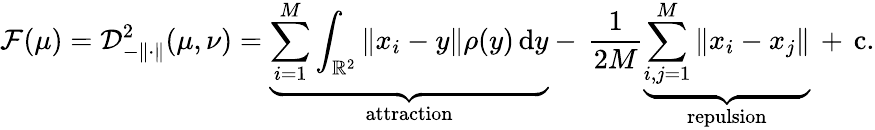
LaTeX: \mathcal F(\mu)=\mathcal D_{-\| \cdot\| }^{2}(\mu,\nu)=\underbrace{\sum_{i=1}^{M}\int_{\mathbb{R}^{2}}\| x_{i}-y\| \rho(y)\, \mathrm{d}y}_{\mathrm{attraction}}-\, \frac{1}{2M}\underbrace{\sum_{i,j=1}^{M}\| x_{i}-x_{j}\| }_{\mathrm{repulsion}}\, +\, \mathrm{c}.